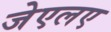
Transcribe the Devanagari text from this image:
जेएलए